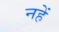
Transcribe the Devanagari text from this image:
नहें